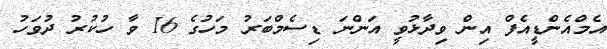
އެމްއެންޑީއެފް އިން ވިދާޅުވީ އަންނަ ޑިސެމްބަރު މަހުގެ 16 ވާ ހުކުރު ދުވަހު